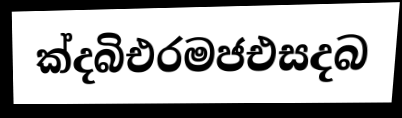
ක්දබිඑරමජඑසදබ